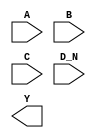
module sky130_fd_sc_hd__nor4b (
    //# {{data|Data Signals}}
    input  A  ,
    input  B  ,
    input  C  ,
    input  D_N,
    output Y
);

    // Voltage supply signals
    supply1 VPWR;
    supply0 VGND;
    supply1 VPB ;
    supply0 VNB ;

endmodule